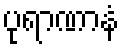
ပုရာဏာနံ